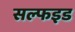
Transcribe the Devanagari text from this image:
सल्फइड